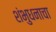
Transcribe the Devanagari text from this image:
शंभुधनाचा